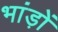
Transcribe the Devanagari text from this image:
भांड़ों